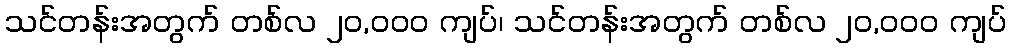
သင်တန်းအတွက် တစ်လ ၂၀,၀၀၀ ကျပ်၊ သင်တန်းအတွက် တစ်လ ၂၀,၀၀၀ ကျပ်